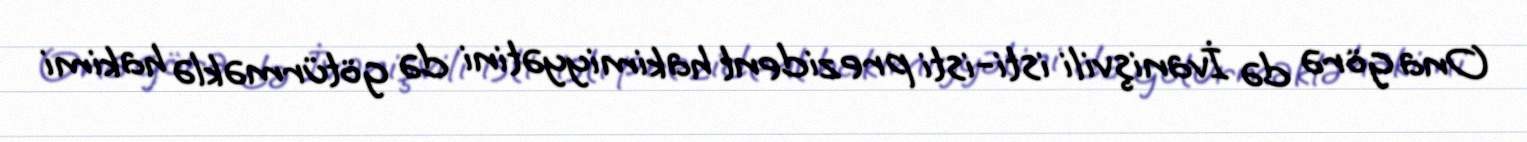
Ona görə də İvanişvili isti-isti prezident hakimiyyətini də götürməklə hakimi